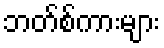
ဘတ်စ်ကားများ